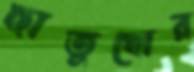
ছাতুখোর